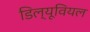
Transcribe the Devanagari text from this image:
डिल्यूवियल